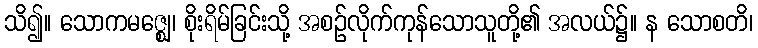
သိ၍။ သောကမဇ္ဈေ၊ စိုးရိမ်ခြင်းသို့ အစဉ်လိုက်ကုန်သောသူတို့၏ အလယ်၌။ န သောစတိ၊